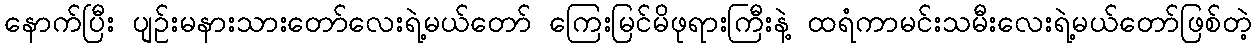
နောက်ပြီး ပျဉ်းမနားသားတော်လေးရဲ့မယ်တော် ကြေးမြင်မိဖုရားကြီးနဲ့ ထရံကာမင်းသမီးလေးရဲ့မယ်တော်ဖြစ်တဲ့